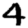
Digit: 4